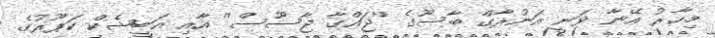
މިހާރު އޭނާ ވަނީ އަނުރާގް ބާސޫގެ ''ޖައްގާ ޖާސޫސް'' އާއި އަބީޝެކް ކަޕޫރުގެ